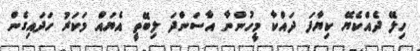
ހިލޭ ދެއްކެޔޭ ކިޔާފަ ދައްކާ މީހުންނާ އާސަންދަ ލިބޭތީ އެޔައް މަކަރު ހަދައިގެން